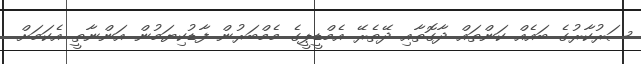
ސަރުކާރުގެ ބައެއް ކަންތައް ދާގޮތާއި ދޭތެރޭ އެމްޑީޕީގެ މެމްބަރުން ފާޑުކިޔަމުން އަންނާތީ އެކަމަށް